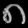
Digit: ၈